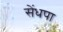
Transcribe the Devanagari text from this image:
सेंधपा